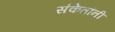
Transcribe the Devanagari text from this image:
संकेतांनी